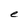
Character: e